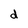
Character: d